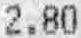
2.80